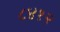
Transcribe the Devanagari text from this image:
८४१२